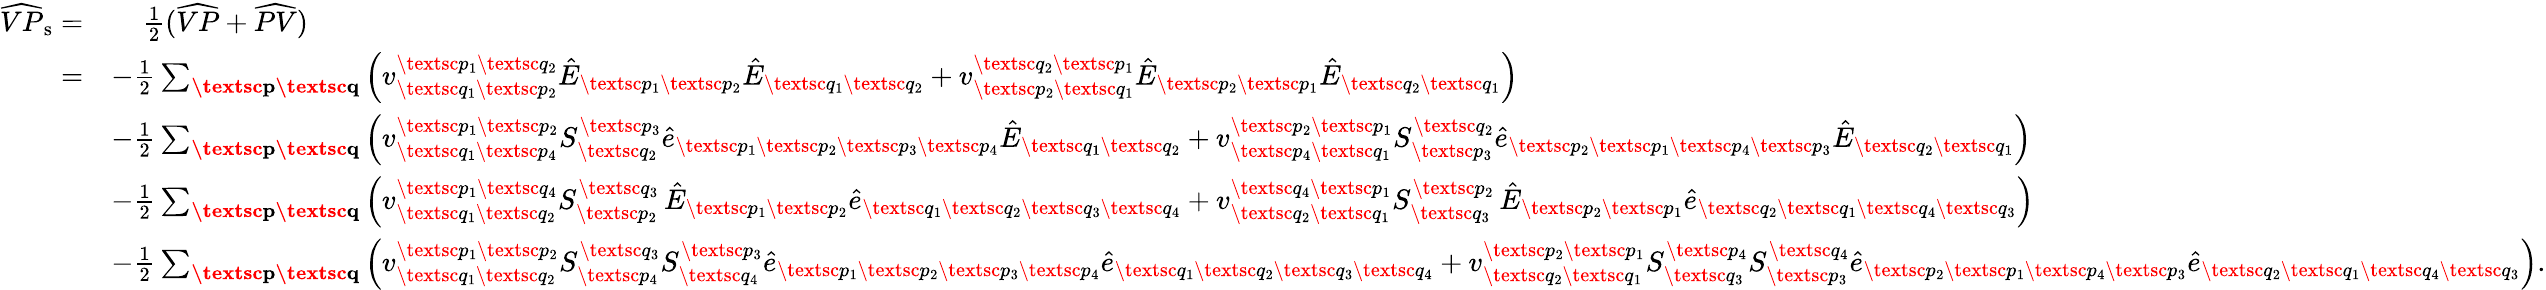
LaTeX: \begin{array}{rl}{\widehat{VP}_{\mathrm{s}}=}&{\; \; \; \; \frac{1}{2}(\widehat{VP}+\widehat{PV})}\\ {=}&{-\frac{1}{2}\sum_{\textbf{\textsc{p}}\textbf{\textsc{q}}}\left(v_{\textsc{q}_{1}\textsc{p}_{2}}^{\textsc{p}_{1}\textsc{q}_{2}}\hat{E}_{\textsc{p}_{1}\textsc{p}_{2}}\hat{E}_{\textsc{q}_{1}\textsc{q}_{2}}+v_{\textsc{p}_{2}\textsc{q}_{1}}^{\textsc{q}_{2}\textsc{p}_{1}}\hat{E}_{\textsc{p}_{2}\textsc{p}_{1}}\hat{E}_{\textsc{q}_{2}\textsc{q}_{1}}\right)}\\ &{-\frac{1}{2}\sum_{\textbf{\textsc{p}}\textbf{\textsc{q}}}\left({v}_{\textsc{q}_{1}\textsc{p}_{4}}^{\textsc{p}_{1}\textsc{p}_{2}}S_{\textsc{q}_{2}}^{\textsc{p}_{3}}\hat{e}_{\textsc{p}_{1}\textsc{p}_{2}\textsc{p}_{3}\textsc{p}_{4}}\hat{E}_{\textsc{q}_{1}\textsc{q}_{2}}+{v}_{\textsc{p}_{4}\textsc{q}_{1}}^{\textsc{p}_{2}\textsc{p}_{1}}S_{\textsc{p}_{3}}^{\textsc{q}_{2}}\hat{e}_{\textsc{p}_{2}\textsc{p}_{1}\textsc{p}_{4}\textsc{p}_{3}}\hat{E}_{\textsc{q}_{2}\textsc{q}_{1}}\right)}\\ &{-\frac{1}{2}\sum_{\textbf{\textsc{p}}\textbf{\textsc{q}}}\left({v}_{\textsc{q}_{1}\textsc{q}_{2}}^{\textsc{p}_{1}\textsc{q}_{4}}S_{\textsc{p}_{2}}^{\textsc{q}_{3}}\, \hat{E}_{\textsc{p}_{1}\textsc{p}_{2}}\hat{e}_{\textsc{q}_{1}\textsc{q}_{2}\textsc{q}_{3}\textsc{q}_{4}}+{v}_{\textsc{q}_{2}\textsc{q}_{1}}^{\textsc{q}_{4}\textsc{p}_{1}}S_{\textsc{q}_{3}}^{\textsc{p}_{2}}\, \hat{E}_{\textsc{p}_{2}\textsc{p}_{1}}\hat{e}_{\textsc{q}_{2}\textsc{q}_{1}\textsc{q}_{4}\textsc{q}_{3}}\right)}\\ &{-\frac{1}{2}\sum_{\textbf{\textsc{p}}\textbf{\textsc{q}}}\left({v}_{\textsc{q}_{1}\textsc{q}_{2}}^{\textsc{p}_{1}\textsc{p}_{2}}S_{\textsc{p}_{4}}^{\textsc{q}_{3}}S_{\textsc{q}_{4}}^{\textsc{p}_{3}}\hat{e}_{\textsc{p}_{1}\textsc{p}_{2}\textsc{p}_{3}\textsc{p}_{4}}\hat{e}_{\textsc{q}_{1}\textsc{q}_{2}\textsc{q}_{3}\textsc{q}_{4}}+{v}_{\textsc{q}_{2}\textsc{q}_{1}}^{\textsc{p}_{2}\textsc{p}_{1}}S_{\textsc{q}_{3}}^{\textsc{p}_{4}}S_{\textsc{p}_{3}}^{\textsc{q}_{4}}\hat{e}_{\textsc{p}_{2}\textsc{p}_{1}\textsc{p}_{4}\textsc{p}_{3}}\hat{e}_{\textsc{q}_{2}\textsc{q}_{1}\textsc{q}_{4}\textsc{q}_{3}}\right).}\end{array}